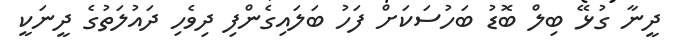
ދީނާ ގުޅޭ ބިލް ބޮޑު ބަހުސަކަށް ފަހު ބަލައިގެންފި ދިވެހި ދައުލަތުގެ ދީނަކީ